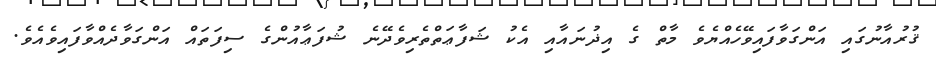
ޤުރުއާނުގައި އަންގަވާފައިވޭހެއްޔެވެ މާތް ގެ އިޛުނައާއި އެކު ޝަފާޢަތްތެރިވެދޭނެ ޝުފަޢާއުންގެ ސިފަތައް އަންގަވާދެއްވާފައިވެއެވެ.